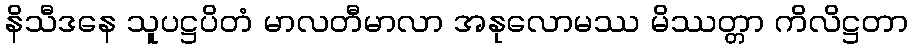
နိသီဒနေ သူပဋ္ဌပိတံ မာလတီမာလာ အနုလောမဿ မိဿတ္တာ ကိလိဋ္ဌတာ